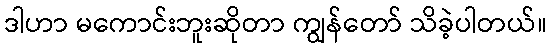
ဒါဟာ မကောင်းဘူးဆိုတာ ကျွန်တော် သိခဲ့ပါတယ်။